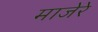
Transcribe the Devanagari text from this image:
माजेरे